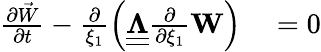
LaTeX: \begin{array}{rl}{\frac{\partial\vec{W}}{\partial t}-\frac{\partial}{\xi_{1}}\left(\underline{{\underline{{\boldsymbol\Lambda}}}}\frac{\partial}{\partial\xi_{1}}\mathbf{W}\right)}&{{}=0}\end{array}